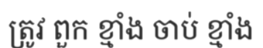
ត្រូវ ពួក ខ្មាំង ចាប់ ខ្មាំង